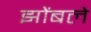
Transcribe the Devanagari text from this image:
झोंबले